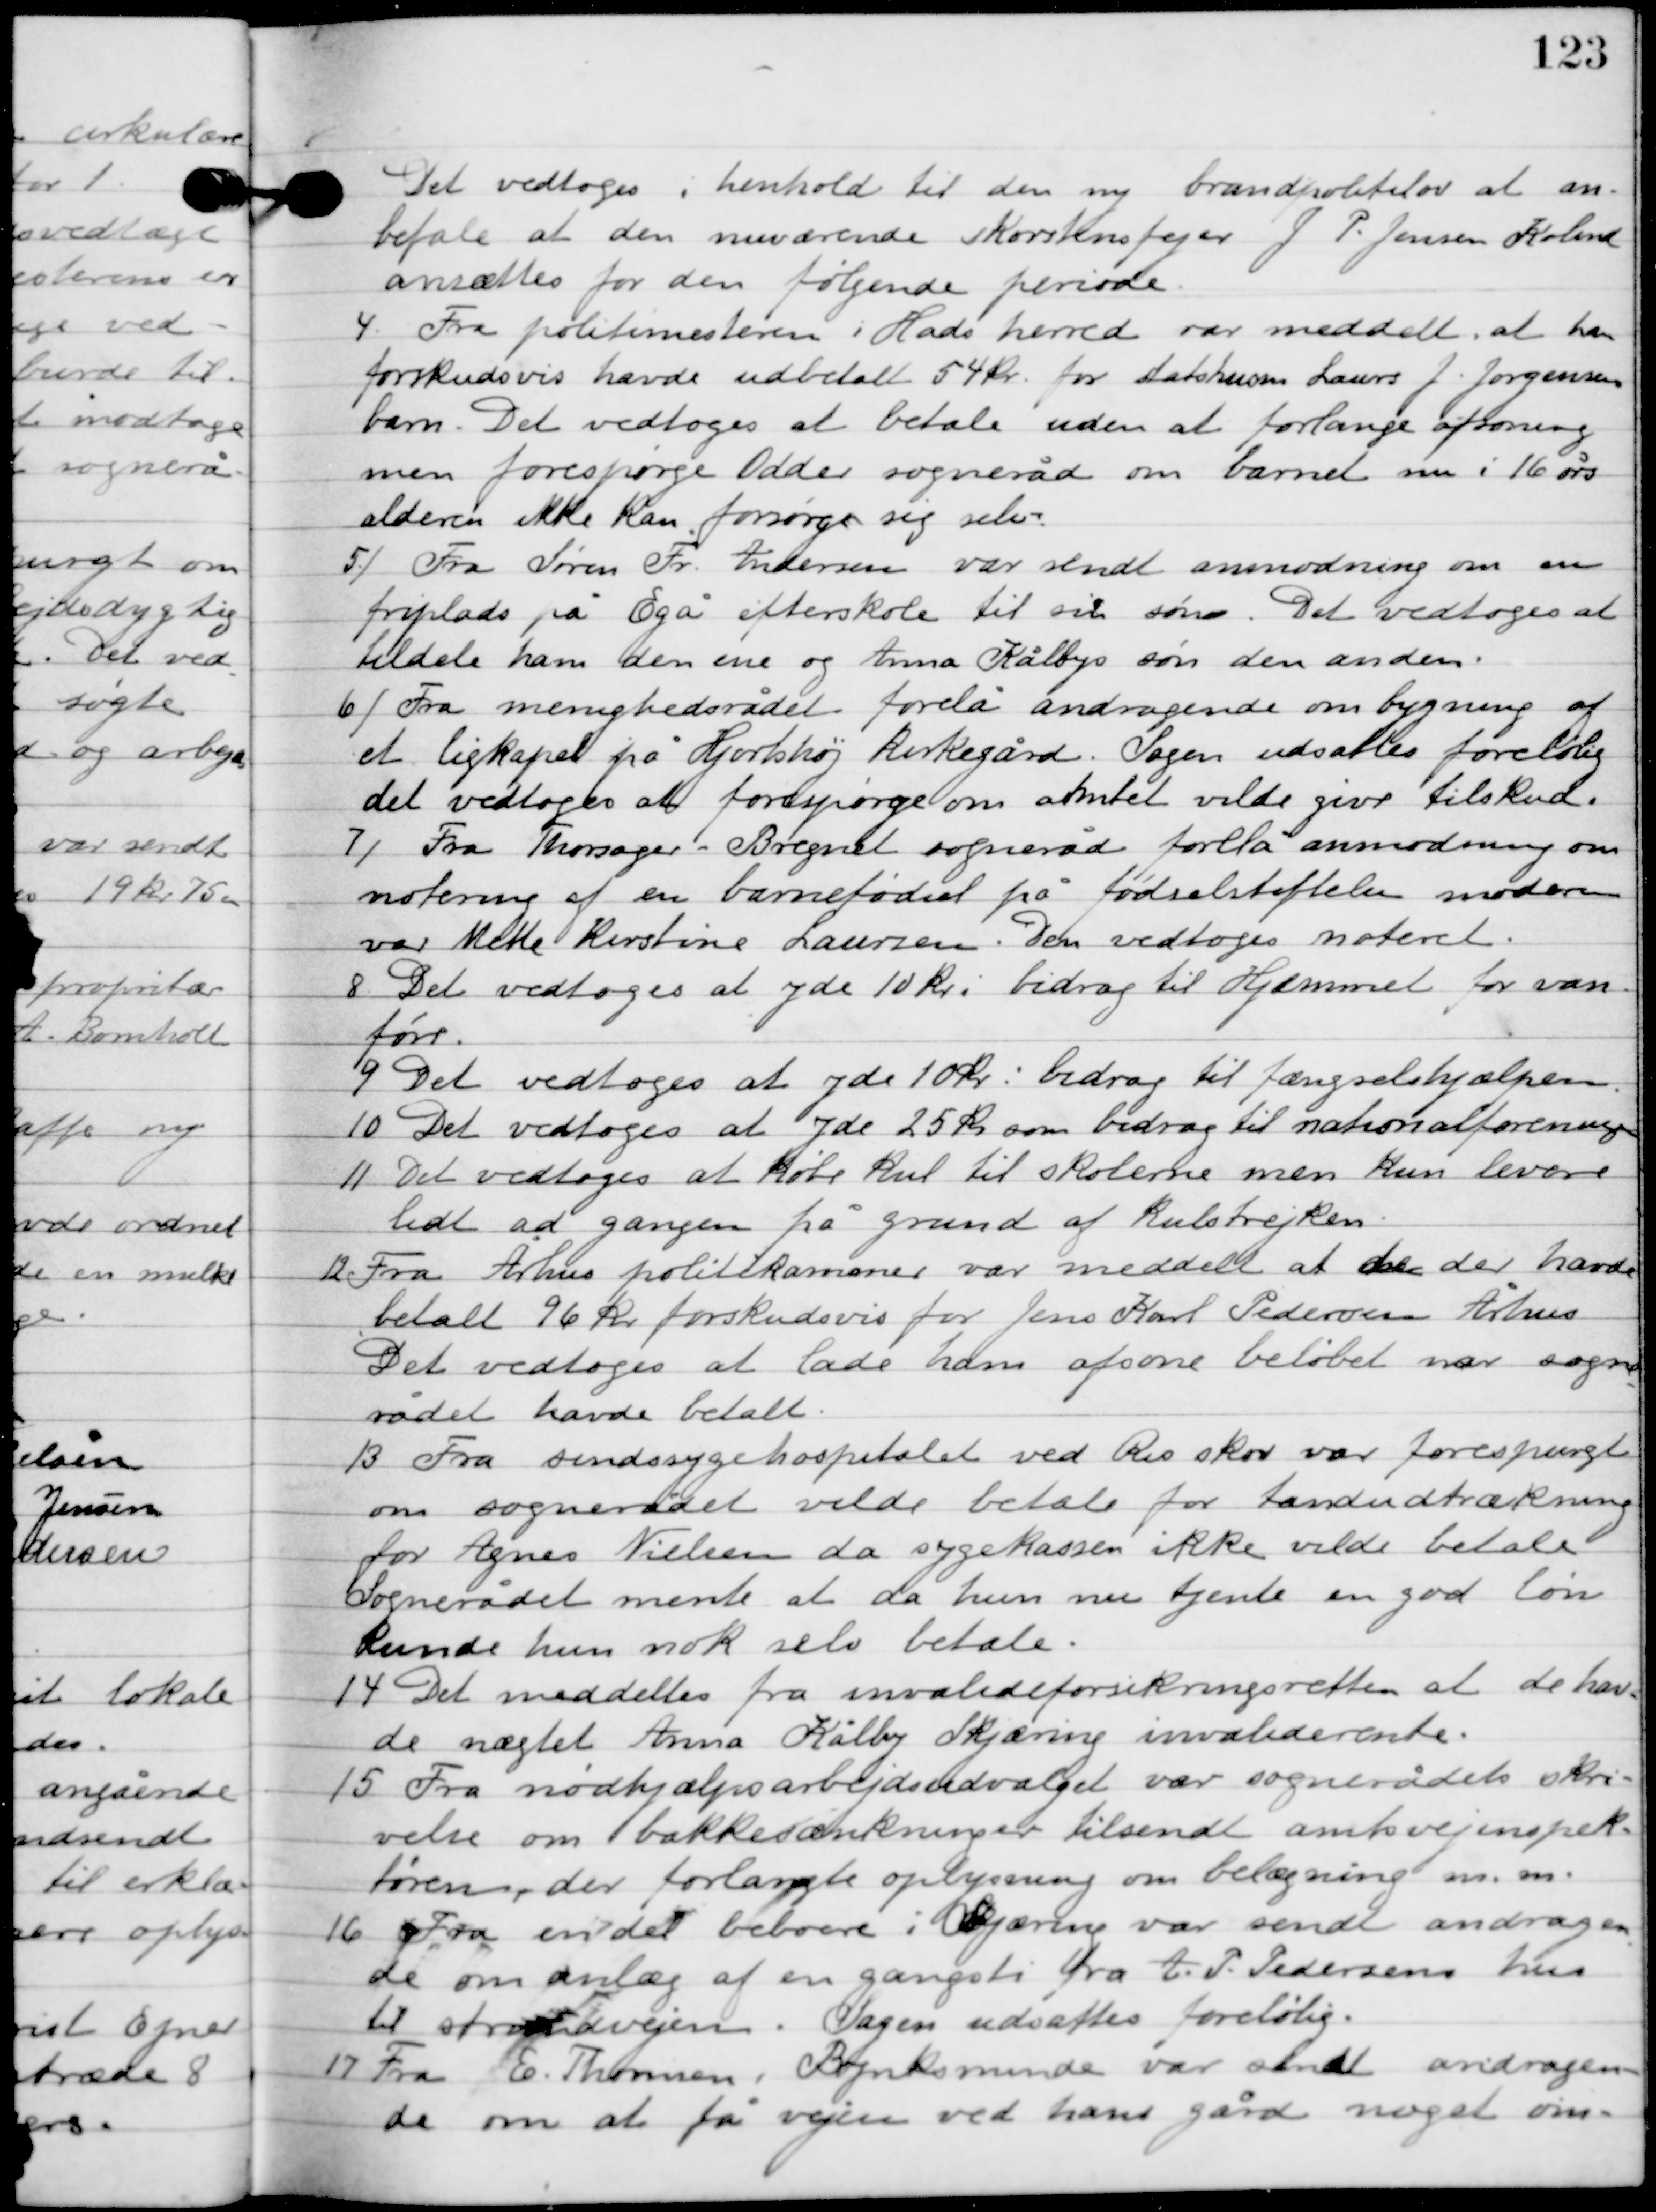
Transskription:
Det vedtoges i henhold til den ny brandpolitilov at an-
befale at den nuværende skorstensfejer J. P. Jensen Kolund
ansættes for den følgende periode.

4

Fra politimesteren i Hads herred var meddelt, at han
forskudsvis havde udbetalt 54 kr. for statshusm. Laurs J. Jørgensens
barn. Det vedtoges at betale uden at forlange afsoning,
men forespørge Odder sogneråd om barnet nu i 16 års
alderen ikke kan forsørge sig selv.

5

Fra Søren Fr. Andersen var sendt anmodning om en
friplads på Egå efterskole til sin søn. Det vedtoges at
tildele ham den ene og Anna Kålbys søn den anden.

6

Fra menighedsrådet forelå andragende om bygning af
et ligkapel på Hjortshøj kirkegård. Sagen udsattes foreløbig
det vedtoges at forespørge om amtet vilde give tilskud.

7

Fra Thorsager-Bregnet sogneråd forelå anmodning om
notering af en barnefødsel på fødselsstiftelsen moderen
var Mette Kirstine Laursen. Det vedtoges noteret.

8

Det vedtoges at yde 10 kr. bedrag til Hjemmet for vand-
føre.

9

Det vedtoges at yde 10 kr. bidrag til fængselshjælpen.

10

Det vedtoges at yde 25 kr. som bidrag til nationalforeningen.

11

Det vedtoges at købe kul til skolerne men kun levere
lidt ad gangen på grund af kulstrejken.

12

Fra Århus politikammer var meddelt at den der havde
betalt 96 kr. forskudsvis for Jens Karl Pedersen Århus.
Det vedtoges at lade ham afsone beløbet når sogne-
rådet havde betalt.

13

Fra sindssygehospitalet ved Risskov var forespurgt
om sognerådet vilde betale for tandudtrækning
for Agnes Nielsen da sygekasse ikke vilde betale.
Sognerådet mente at da hun nu tjente en go løn
kunde hun nok selv betale.

14

Det veddeltes fra invalidforsikringsretten at de hav-
de nægtet Anna Kålby Skjæring invaliderende.

15

Fra nødhjælpsarbejdsudvalgt var sognerådets skri-
velse om bakkesænkninger tilsendt amtsvejinspek-
tøren der forlangte oplysning om belægning m.m.

16

Fra en del beboere i Skjæring var sendt andragende
om anlæg af en gangsti fra A. P. Pedersens hus
 til strandvejen. Sagen udsattes foreløbig.

17

Fra E. Thomsen, Bynksminde var sendt andragen-
de om at få vejen ved hans gård noget om-